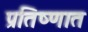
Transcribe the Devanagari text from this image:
प्रतिष्णात